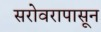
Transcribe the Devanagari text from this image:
सरोवरापासून